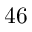
4 6